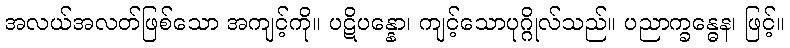
အလယ်အလတ်ဖြစ်သော အကျင့်ကို။ ပဋိပန္နော၊ ကျင့်သောပုဂ္ဂိုလ်သည်။ ပညာက္ခန္ဓေန၊ ဖြင့်။